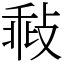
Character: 㪓